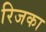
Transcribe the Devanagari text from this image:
रिजका